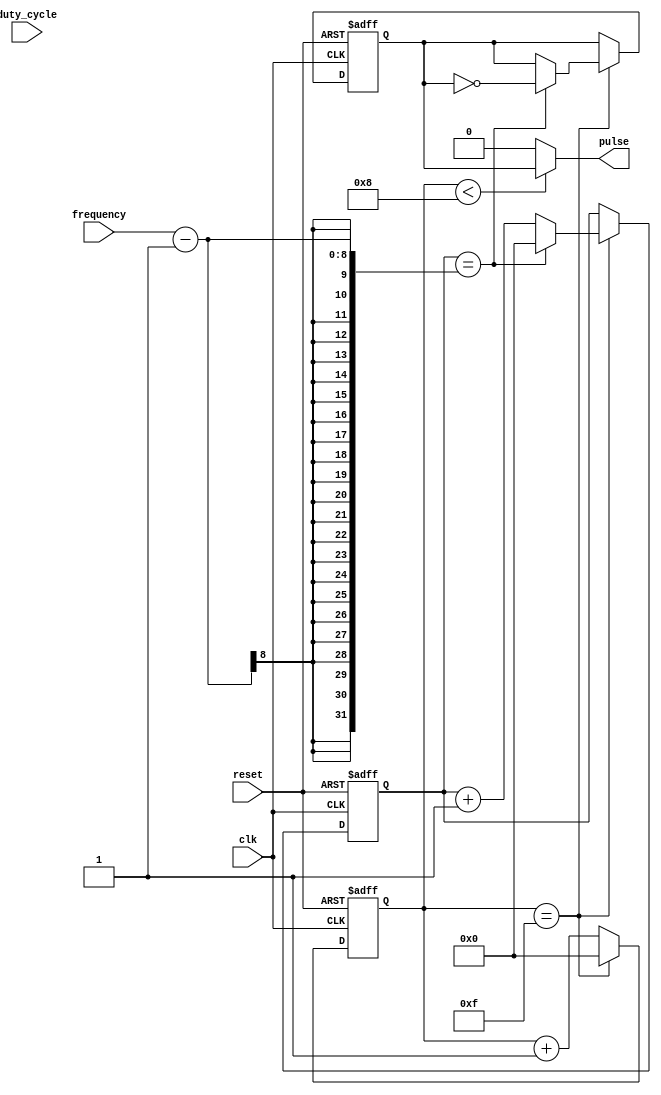
module variable_frequency_pulse_generator (
    input wire clk,
    input wire reset,
    input wire [7:0] frequency, // Input interface for setting the frequency
    input wire [7:0] duty_cycle, // Input interface for setting the duty cycle
    output wire pulse // Output interface for transmitting the generated pulses
);

// Define timing parameters
parameter pulse_width = 8'b00001000; // 8 clock cycles
parameter period = 8'b00010000; // 16 clock cycles

// Internal signals
reg [7:0] count;
reg [7:0] pulse_count;
reg pulse_output;

always @(posedge clk or posedge reset) begin
    if (reset) begin
        count <= 8'b00000000;
        pulse_count <= 8'b00000000;
        pulse_output <= 1'b0;
    end else begin
        count <= count + 1;
        if (count == period - 1) begin
            pulse_count <= pulse_count + 1;
            if (pulse_count == frequency - 1) begin
                pulse_count <= 8'b00000000;
                pulse_output <= ~pulse_output;
            end
            count <= 8'b00000000;
        end
    end
end

assign pulse = (count < pulse_width) ? pulse_output : 1'b0;

endmodule